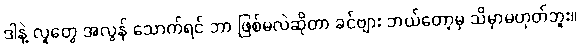
ဒါနဲ့ လူတွေ အလွန် သောက်ရင် ဘာ ဖြစ်မလဲဆိုတာ ခင်ဗျား ဘယ်တော့မှ သိမှာမဟုတ်ဘူး။